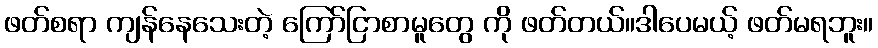
ဖတ်စရာ ကျန်နေသေးတဲ့ ကြော်ငြာစာမူတွေ ကို ဖတ်တယ်။ဒါပေမယ့် ဖတ်မရဘူး။